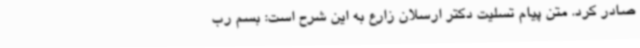
صادر کرد. متن پیام تسلیت دکتر ارسلان زارع به این شرح است: بسم رب